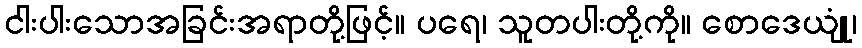
ငါးပါးသောအခြင်းအရာတို့ဖြင့်။ ပရေ၊ သူတပါးတို့ကို။ စောဒေယျုံ၊